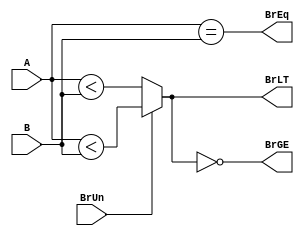
`timescale 1ns / 1ps
module BranchComp(
    input [31:0]    A, B,
    input           BrUn,
    output reg      BrEq, BrLT, BrGE
);  
    always @(*) begin
        BrEq = (A == B);
        if(BrUn)
            BrLT = (A < B);
        else
            BrLT = ($signed(A) < $signed(B));
        BrGE = !BrLT;
    end
endmodule